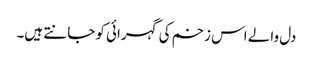
دل والے اس زخم کی گہرائی کو جانتے ہیں۔